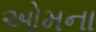
ઓમના